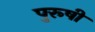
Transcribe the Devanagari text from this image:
पुरूषी